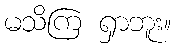
မသိကြ ရှာဘူး။